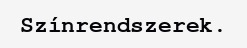
Színrendszerek.